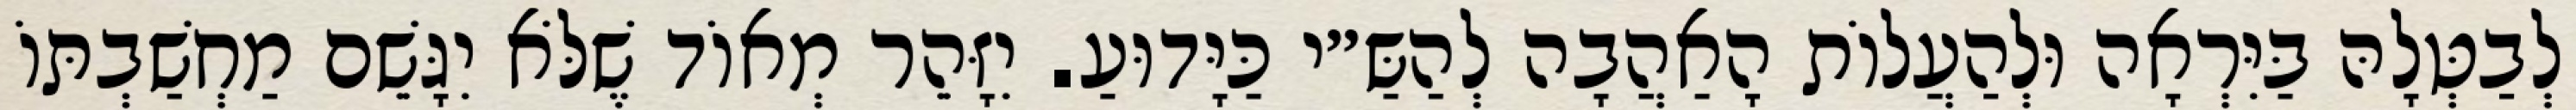
לְבַטְּלָהּ בַּיִּרְאָה וּלְהַעֲלוֹת הָאַהֲבָה לְהַשַּ״י כַּיָּדוּעַ. יִזָּהֵר מְאוֹד שֶׁלֹּא יִגָּשֵׁם מַחְשַׁבְתּוֹ